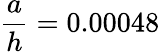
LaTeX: \frac{a}{h}=0.00048